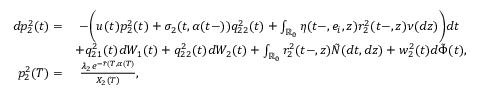
\begin{array} { r l } { d p _ { 2 } ^ { 2 } ( t ) = } & { \ - \biggl ( u ( t ) p _ { 2 } ^ { 2 } ( t ) + \sigma _ { 2 } ( t , \alpha ( t - ) ) q _ { 2 2 } ^ { 2 } ( t ) + \int _ { \mathbb { R } _ { 0 } } \eta ( t - , e _ { i } , z ) r _ { 2 } ^ { 2 } ( t - , z ) \nu ( d z ) \biggr ) d t } \\ & { + q _ { 2 1 } ^ { 2 } ( t ) d W _ { 1 } ( t ) + q _ { 2 2 } ^ { 2 } ( t ) d W _ { 2 } ( t ) + \int _ { \mathbb { R } _ { 0 } } r _ { 2 } ^ { 2 } ( t - , z ) \tilde { N } ( d t , d z ) + w _ { 2 } ^ { 2 } ( t ) d \tilde { \Phi } ( t ) , } \\ { p _ { 2 } ^ { 2 } ( T ) = } & { \ \frac { \lambda _ { 2 } e ^ { - \tilde { r } ( T , \alpha ( T ) } } { X _ { 2 } ( T ) } , } \end{array}